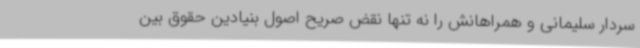
سردار سلیمانی و همراهانش را نه تنها نقض صریح اصول بنیادین حقوق بین